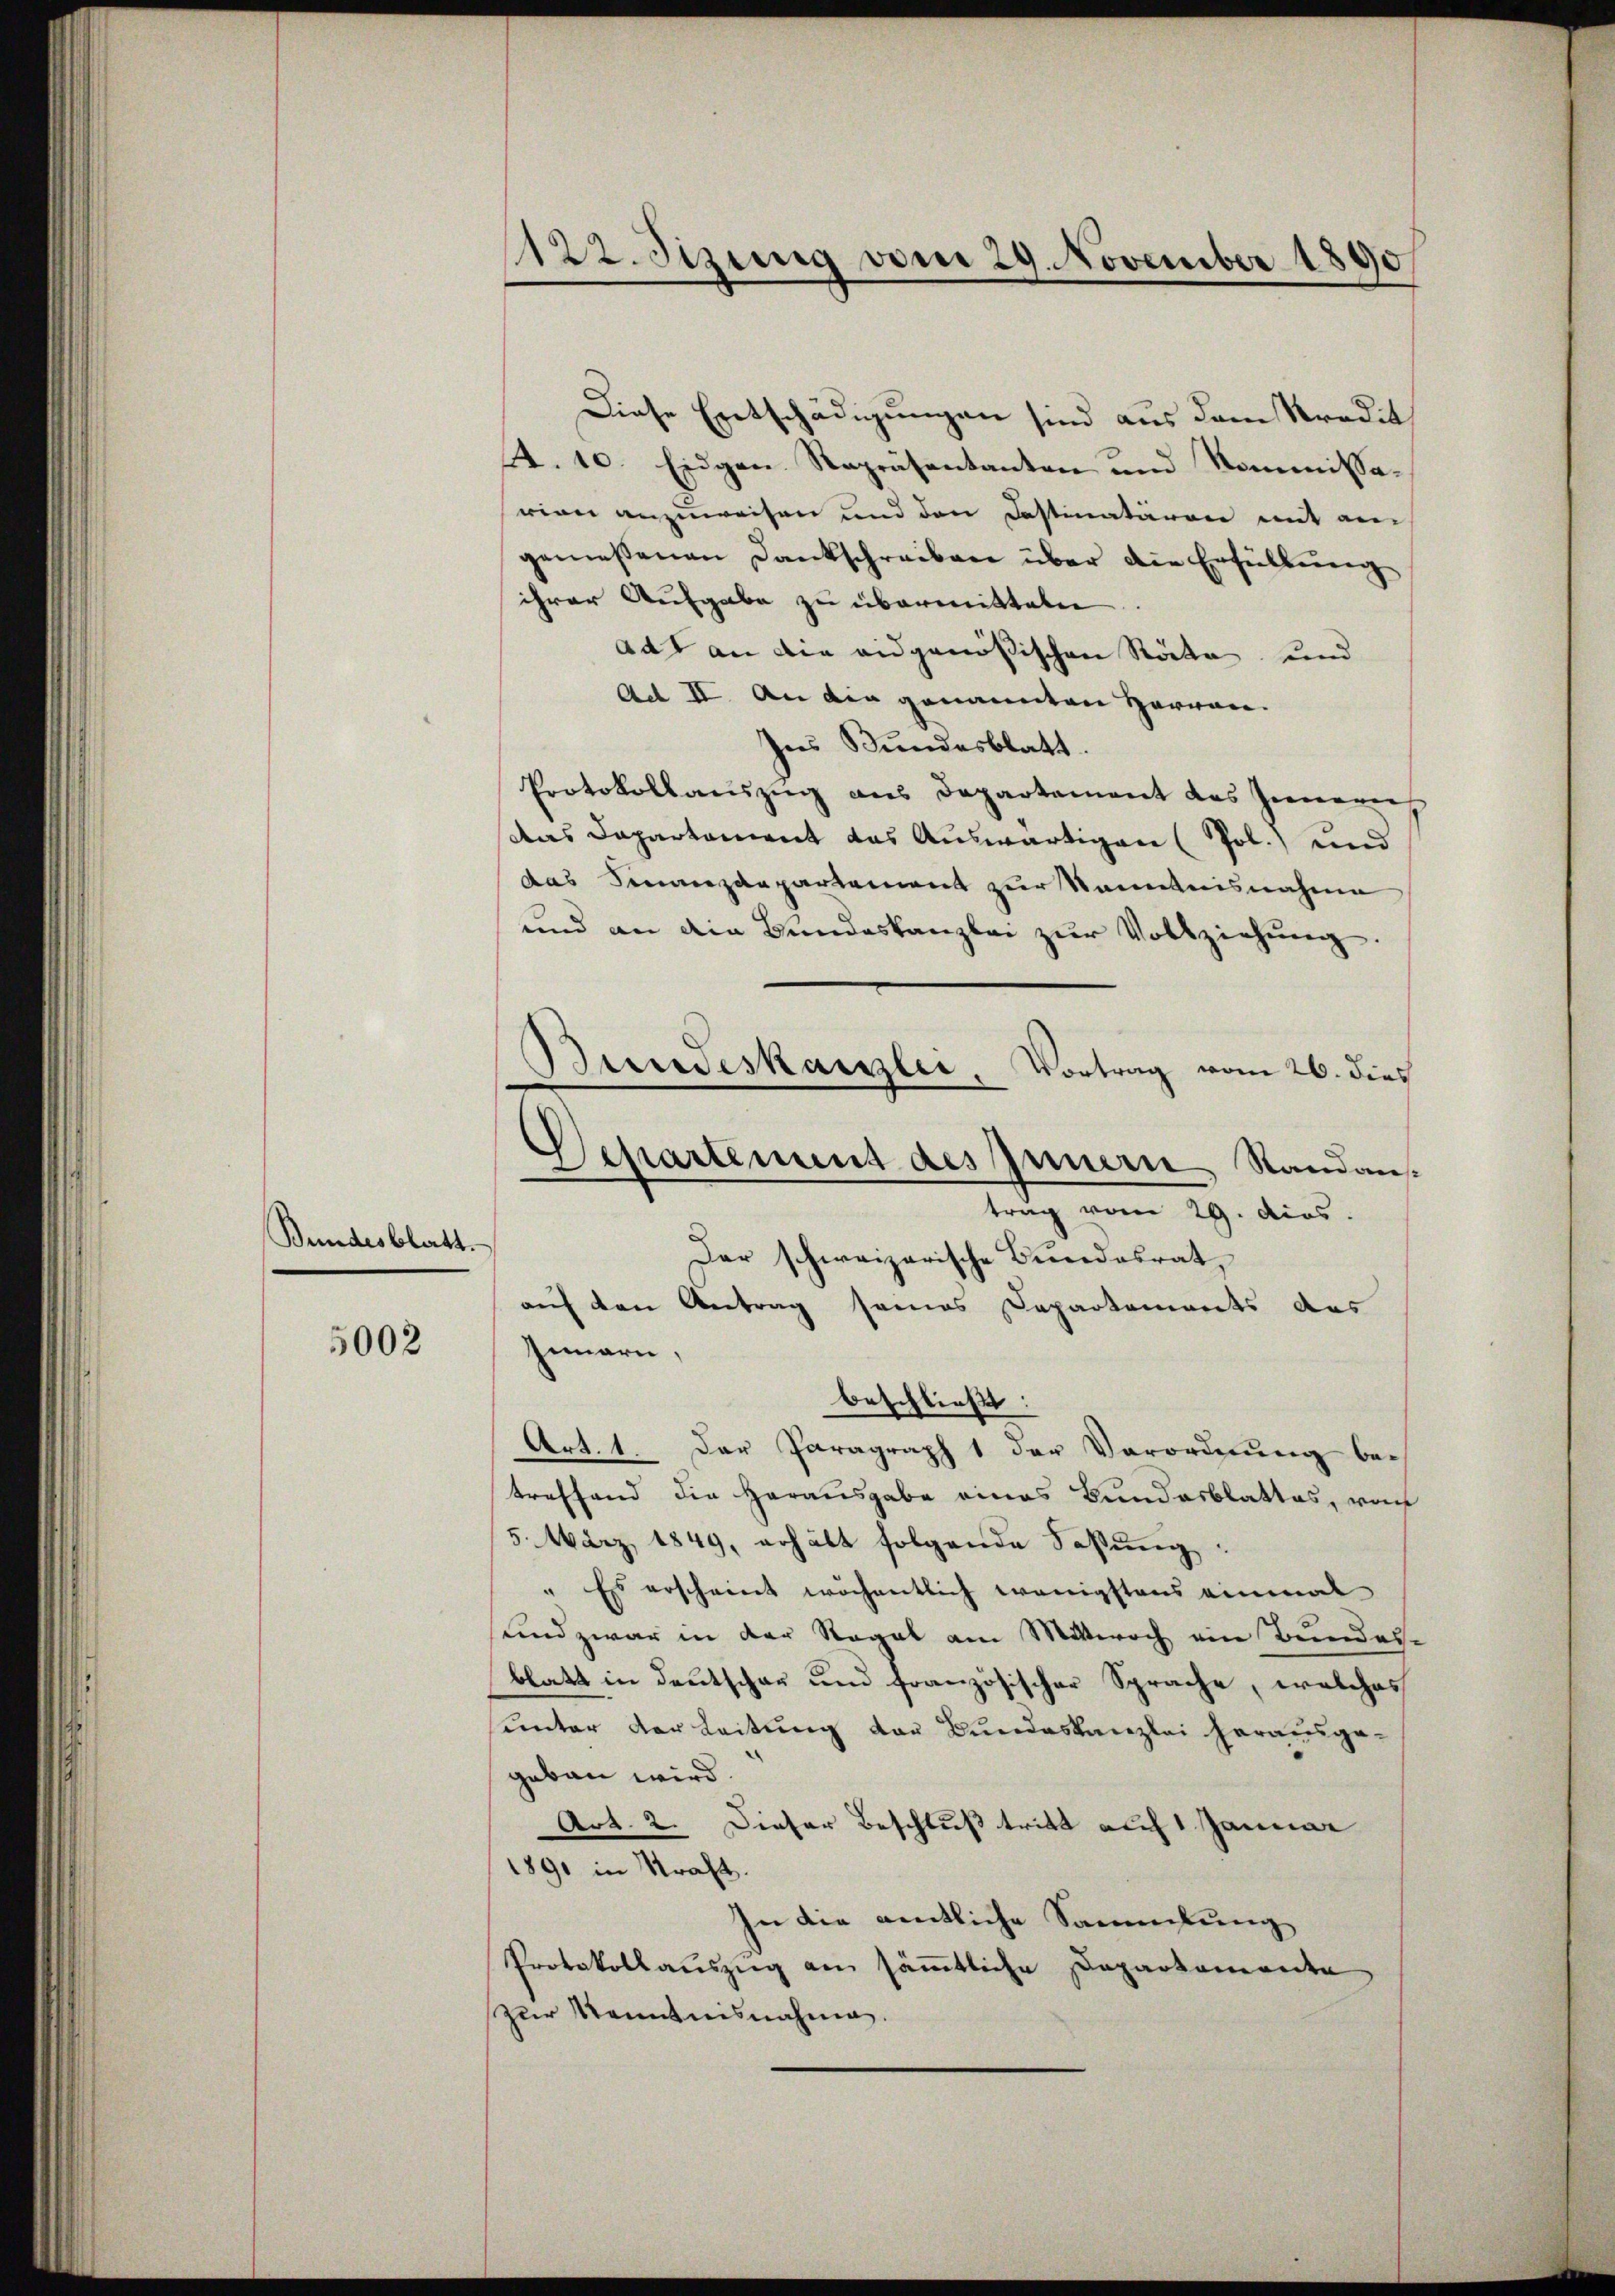
Bundesblatt.

5002

1122. Sitzung vom 29. November 1890

Diese Entschädigungen sind aus dem Kredit
4. 10. Eidgen. Repräsentanten und Kommissarien anzuweisen und den Castinatären mit ain
gemeßenen Dankschreiben über die Erfüllung
ihrer Aufgabe zu übermitteln
adt an die eidgenößischen Röcke und
Ad II. An die genannten Hervon
hes Bundesblatt.
Protokollauszug aus Departement das Jemanen
Das Departement das Auswärtigen (Pol.) und
das Finanzdepartement zur Kenntnisnahme
und an die Bundeskanzlei zŭr Vollziehŭng.
Der schweizerische Bundesrat,
auf den Antrag seines Departements des
Inmarn,
beschließt:
Art. 1. Der Paragraph 1 der Verordnung betreffend die Herausgabe eines Bundesblattes, von
5. März 1849, erhält folgende Faßung.
" Es erscheint wöchentlich wenigstens einmal
sund zwar in der Regal am Mittwoch ein Bundes-
blatt in Deutschar und französischer Sprache, welches
unter der Leitung der Bundeskanzlei herausgegebau wird.
Art. 2. Dieser Beschluß tritt auf 1 Januar
1891 in Straft.
In die amtliche Sammlung
Protokollauszug an sämmtliche Daparkamente
zur Kenntnisnahme.

Bundeskanzlei, Vortrag vom 26. dies
Separtement des Innern, Standan-
trag vom 29. dios.